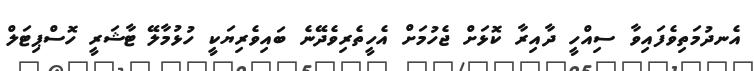
އެނދުމަތިވެފައިވާ ސިއްހީ ދާއިރާ ކޮޅަށް ޖެހުމަށް އެހީތެރިވެދޭނެ ބައިވެރިޔަކީ ހުޅުމާލޭ ޓާޝަރީ ހޮސްޕިޓަލް